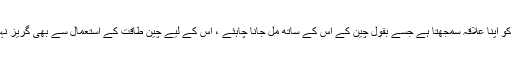
چین تائیوان کو اپنا علاقہ سمجھتا ہے جسے بقول چین کے اس کے ساتھ مل جانا چاہئے ، اس کے لیے چین طاقت کے استعمال سے بھی گریز نہیں کرے گا۔